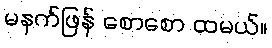
မနက်ဖြန် စောစော ထမယ်။